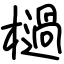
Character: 檛